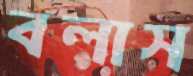
বলাস